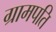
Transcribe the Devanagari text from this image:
ग्रामपति